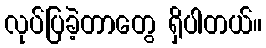
လုပ်ပြခဲ့တာတွေ ရှိပါတယ်။